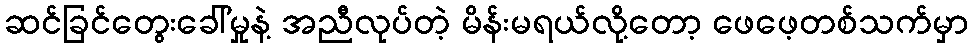
ဆင်ခြင်တွေးခေါ်မှုနဲ့ အညီလုပ်တဲ့ မိန်းမရယ်လို့တော့ ဖေဖေ့တစ်သက်မှာ